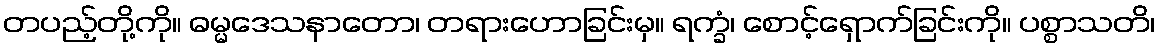
တပည့်တို့ကို။ ဓမ္မဒေသနာတော၊ တရားဟောခြင်းမှ။ ရက္ခံ၊ စောင့်ရှောက်ခြင်းကို။ ပစ္စာသတိ၊